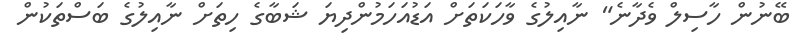
ބޭނުން ހާސިލް ވެދާނެ" ނާއިލުގެ ވާހަކަތަށް އަޑުއަހަމުންދިޔަ ޝަބާގެ ހިތަށް ނާއިލުގެ ބަސްތަކުން